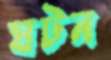
ঘটন